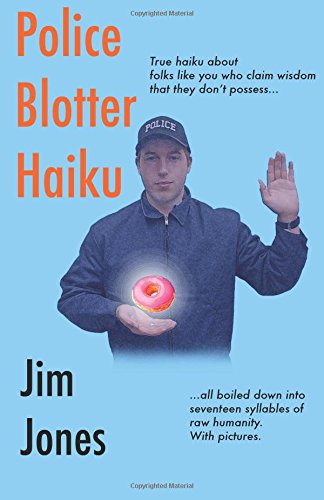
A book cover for Police Blotter Haiku; Jim Jones; Literature & Fiction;